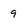
Character: 9